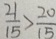
\frac { 2 1 } { 1 5 } > \frac { 2 0 } { 1 5 }